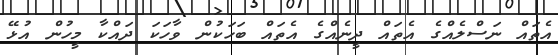
އެތައް ނަސްލެއްގެ އެތައް ދީނެއްގެ އެތައް ބަހަކުން ވާހަކަ ދައްކާ މީހުން އުޅޭ